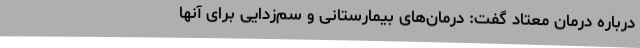
درباره درمان معتاد گفت: درمان‌های بیمارستانی و سم‌زدایی برای آنها